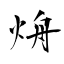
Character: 烐